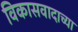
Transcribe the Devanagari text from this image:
विकासवादाच्या